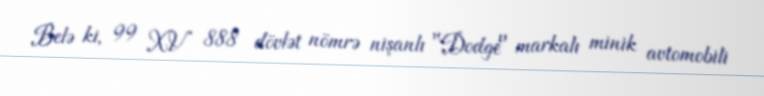
Belə ki, 99 XV 888 dövlət nömrə nişanlı "Dodge" markalı minik avtomobili